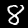
Label: 8